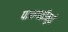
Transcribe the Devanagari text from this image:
पानगळीमुळे